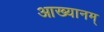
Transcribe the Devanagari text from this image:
आख्यानम्